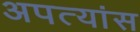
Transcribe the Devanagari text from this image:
अपत्यांस